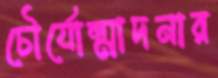
চৌর্যোন্মাদনার